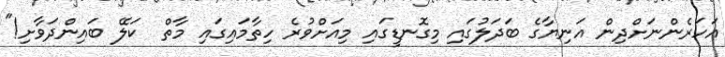
އަހަރެންނަށްދިން އަނިޔާގެ ބަދަލުގައި މިގޮނޑީގައި މިއަށްވުރެ ހިތާމައިގައި މާތް  ކަލޭ ބައިންދަވާށި!"